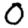
Digit: 0